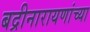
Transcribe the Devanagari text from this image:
बद्रीनारायणांच्या